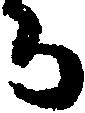
ち